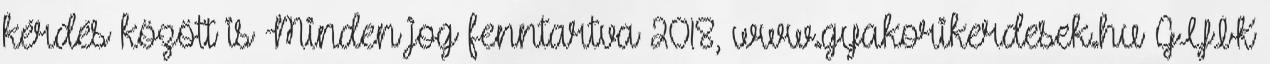
kérdés között is Minden jog fenntartva 2018, www.gyakorikerdesek.hu GYIK